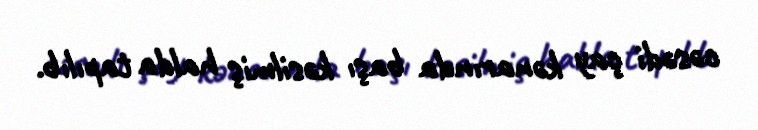
cəsədi çay kənarında başı kəsilmiş halda tapılıb.